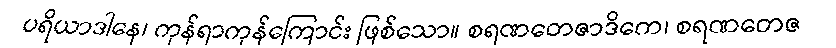
ပရိယာဒါနေ၊ ကုန်ရာကုန်ကြောင်း ဖြစ်သော။ စရဏတေဇာဒိကေ၊ စရဏတေဇ